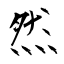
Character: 然